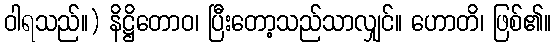
ဝါရသည်။) နိဋ္ဌိတောဝ၊ ပြီးတော့သည်သာလျှင်။ ဟောတိ၊ ဖြစ်၏။